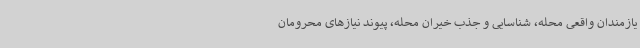
یازمندان واقعی محله، شناسایی و جذب خیران محله، پیوند نیازهای محرومان